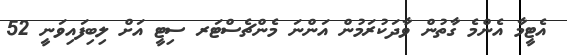
އެޓީމާ އެންމެ ގާތުން ވާދަކުރަމުން އަންނަ މެންޗެސްޓަރ ސިޓީ އަށް ލިބިފައިވަނީ 52